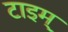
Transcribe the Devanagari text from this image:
टाइम्